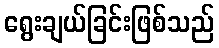
ရွေးချယ်ခြင်းဖြစ်သည်